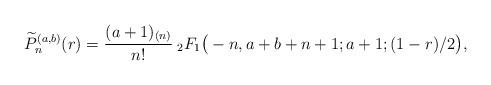
LaTeX: \begin{align*} \widetilde{P}_n^{(a,b)}(r) = \frac{(a+1)_{(n)}}{n!}\> _2F_1\big (-n,a+b+n+1;a+1;(1-r)/2\big ), \end{align*}